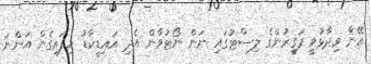
އޭނާ ވިދާޅުވީ ފަގީރުންގެ ލިސްޓުގައި ނަން ނޯޓުވާން އެދި އައިޑީކާޑު ހިފައިގެން އަންނަ